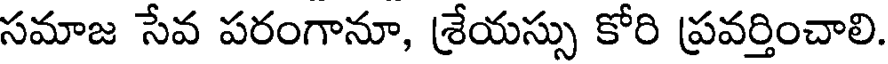
సమాజ సేవ పరంగానూ, శ్రేయస్సు కోరి ప్రవర్తించాలి.